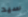
سيد